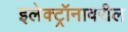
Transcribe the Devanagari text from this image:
इलेक्ट्रॉनावरील